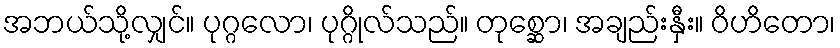
အဘယ်သို့လျှင်။ ပုဂ္ဂလော၊ ပုဂ္ဂိုလ်သည်။ တုစ္ဆော၊ အချည်းနှီး။ ဝိဟိတော၊